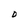
Character: D